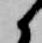
候